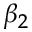
\beta _ { 2 }